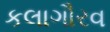
કલાગૌરવ